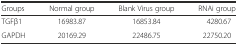
| Groups | Normal group | Blank Virus group | RNAi group |
 | --- | --- | --- | --- |
 | TGFβ1 | 16983.87 | 16853.84 | 4280.67 |
 | GAPDH | 20169.29 | 22486.75 | 22750.20 |